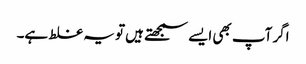
اگر آپ بھی ایسے سمجھتے ہیں تو یہ غلط ہے۔